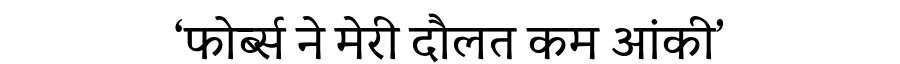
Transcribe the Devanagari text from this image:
‘फोर्ब्स ने मेरी दौलत कम आंकी’